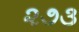
૨૭૩